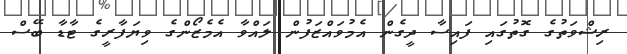
ރިޝްވަތުގެ ގޮތުގައި ފައިސާ ދީގެން އެމުވައްޒަފުން ލައްވާ އެމެޒޯންގެ ވިޔަފާރީގެ ޓާޑާ ބޭސް